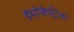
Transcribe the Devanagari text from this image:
डेमोकेट्रिक